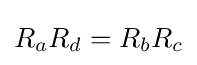
R_{a}R_{d}=R_{b}R_{c}